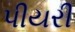
પીયરી